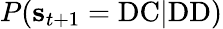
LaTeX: P(\mathbf{s}_{t+1}=\mathrm{DC}|\mathrm{DD})